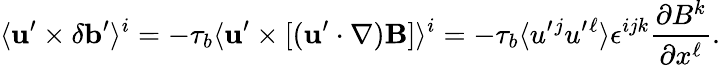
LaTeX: \langle{{\mathbf{u}}^{\prime}\times\delta{\mathbf{b}}^{\prime}}\rangle^{i}=-\tau_{b}\langle{{\mathbf{u}}^{\prime}\times[({\mathbf{u}}^{\prime}\cdot\nabla){\mathbf{B}}]}\rangle^{i}=-\tau_{b}\langle{u^{\prime}{}^{j}u^{\prime}{}^{\ell}}\rangle\epsilon^{ijk}\frac{\partial B^{k}}{\partial x^{\ell}}.